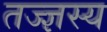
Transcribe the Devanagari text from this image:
तज्ज्ञस्य